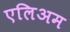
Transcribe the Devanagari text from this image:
एलिअम